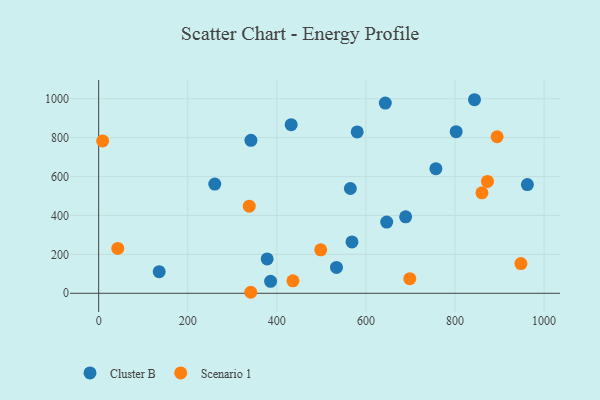
{"axis": {"x": "Price", "y": "Demand"}, "legend": ["Cluster B", "Scenario 1"], "data": [{"x": "432.2", "y": 866.8, "type": "Cluster B"}, {"x": "802.6", "y": 830.6, "type": "Cluster B"}, {"x": "843.8", "y": 995.1, "type": "Cluster B"}, {"x": "533.9", "y": 133.2, "type": "Cluster B"}, {"x": "260.7", "y": 561.3, "type": "Cluster B"}, {"x": "568.7", "y": 264.1, "type": "Cluster B"}, {"x": "646.7", "y": 366.1, "type": "Cluster B"}, {"x": "643.5", "y": 978.1, "type": "Cluster B"}, {"x": "962.5", "y": 558.7, "type": "Cluster B"}, {"x": "135.9", "y": 111.2, "type": "Cluster B"}, {"x": "580.4", "y": 829.5, "type": "Cluster B"}, {"x": "757.1", "y": 640.5, "type": "Cluster B"}, {"x": "341.8", "y": 786.4, "type": "Cluster B"}, {"x": "378.3", "y": 176.9, "type": "Cluster B"}, {"x": "565.1", "y": 538.6, "type": "Cluster B"}, {"x": "386.0", "y": 61.5, "type": "Cluster B"}, {"x": "689.2", "y": 393.3, "type": "Cluster B"}, {"x": "8.9", "y": 783.2, "type": "Scenario 1"}, {"x": "338.1", "y": 447.6, "type": "Scenario 1"}, {"x": "948.0", "y": 152.5, "type": "Scenario 1"}, {"x": "436.2", "y": 64.3, "type": "Scenario 1"}, {"x": "341.4", "y": 5.2, "type": "Scenario 1"}, {"x": "860.5", "y": 516.4, "type": "Scenario 1"}, {"x": "498.5", "y": 223.4, "type": "Scenario 1"}, {"x": "42.9", "y": 230.7, "type": "Scenario 1"}, {"x": "698.5", "y": 75.0, "type": "Scenario 1"}, {"x": "894.6", "y": 804.8, "type": "Scenario 1"}, {"x": "872.9", "y": 575.2, "type": "Scenario 1"}]}